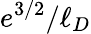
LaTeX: e^{3/2}/\ell_{D}